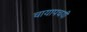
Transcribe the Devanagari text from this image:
चायापचयी